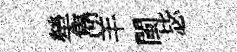
犖雋羊閩毖